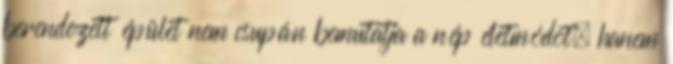
berendezett épület nem csupán bemutatja a nép életmódot, hanem